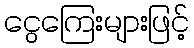
ငွေကြေးများဖြင့်